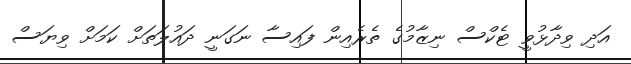
އަދި ވިދާޅުވީ ޓެކްސް ނިޒާމުގެ ތެރެއިން ފައިސާ ނަގަނީ ދައުލަތަށް ކަމަށް ވިޔަސް